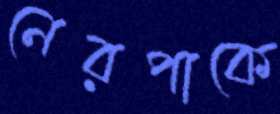
নেরপাকে